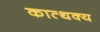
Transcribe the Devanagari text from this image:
कात्थक्य